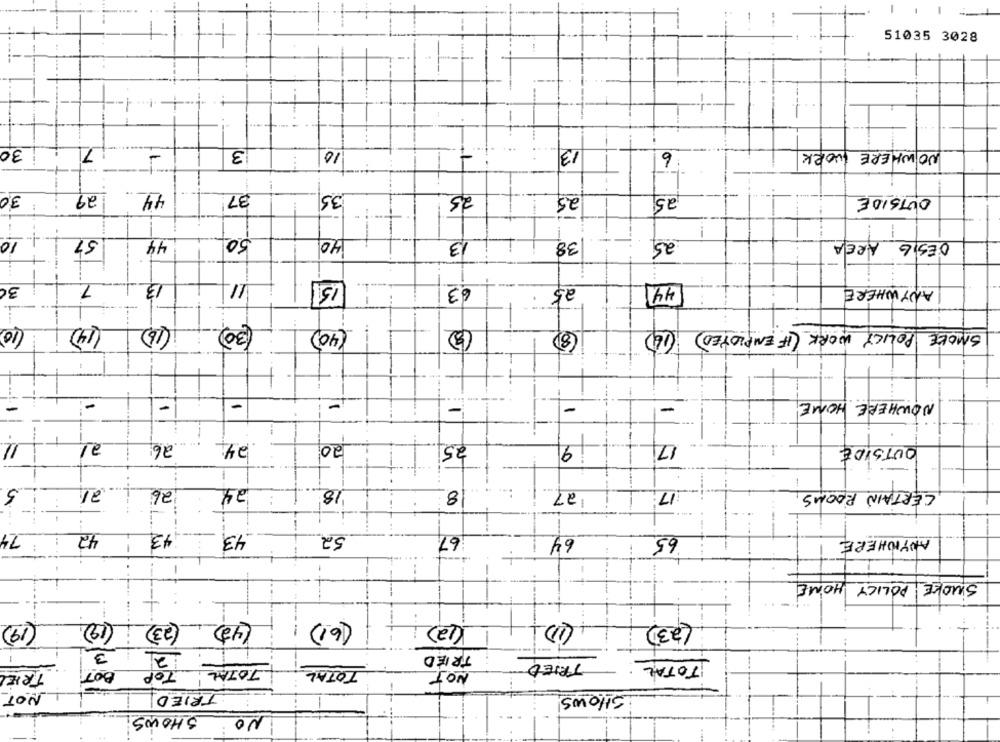
1
-
51035 3028
+ 1 --
30
7
-
3
10
13
6
NOWHERE WORK
30
29
44
37
35
25
25
25
OUTSIDE
!
50
10
57
44
40
13
38
25
DESIG AREA
3C
7.
13
11.
15
63
25
44.1
ANYWHERE
(10)
(14)
(16)
(30)
(40)
8
(14)
SMOKE POLICY WORK (IF EMPLOYED)
-
-
-
-
-
-
-
-
NOWHERE HOME
11
--
26
24
20
25
17
9
OUTSIDE
5
26
24
CERTAIN ROOMS
18
8
27
:17
1
...
-
74
43
42
43
52
67
64
65
ANYWHERE
1
1
-
SMOKE POLICY HOME
1
(12)
(4) (23)
(61 )
(i)
(19)
-- 1
(12)
(23)
3
2
1
TRIED
807
TRIED
TOTAL
TRIEL
TOP
TOTAL
TOTAL
NOT
NOT
TRIED
SHOWS
SHOWS
NO: